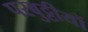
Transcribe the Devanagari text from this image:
परबुट्टीयों